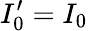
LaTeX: I_{0}^{\prime}=I_{0}